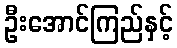
ဦးအောင်ကြည်နှင့်